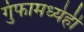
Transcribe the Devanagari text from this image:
गुंफामध्येही